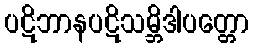
ပဋိဘာနပဋိသမ္ဘိဒါပတ္တော